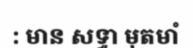
: មាន សទ្ធា មុតមាំ